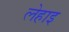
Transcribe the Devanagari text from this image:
लेहाइ